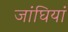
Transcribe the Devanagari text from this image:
जांघियां